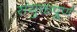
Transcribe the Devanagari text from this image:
संयुक्तपूर्ण